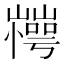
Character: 𰎽